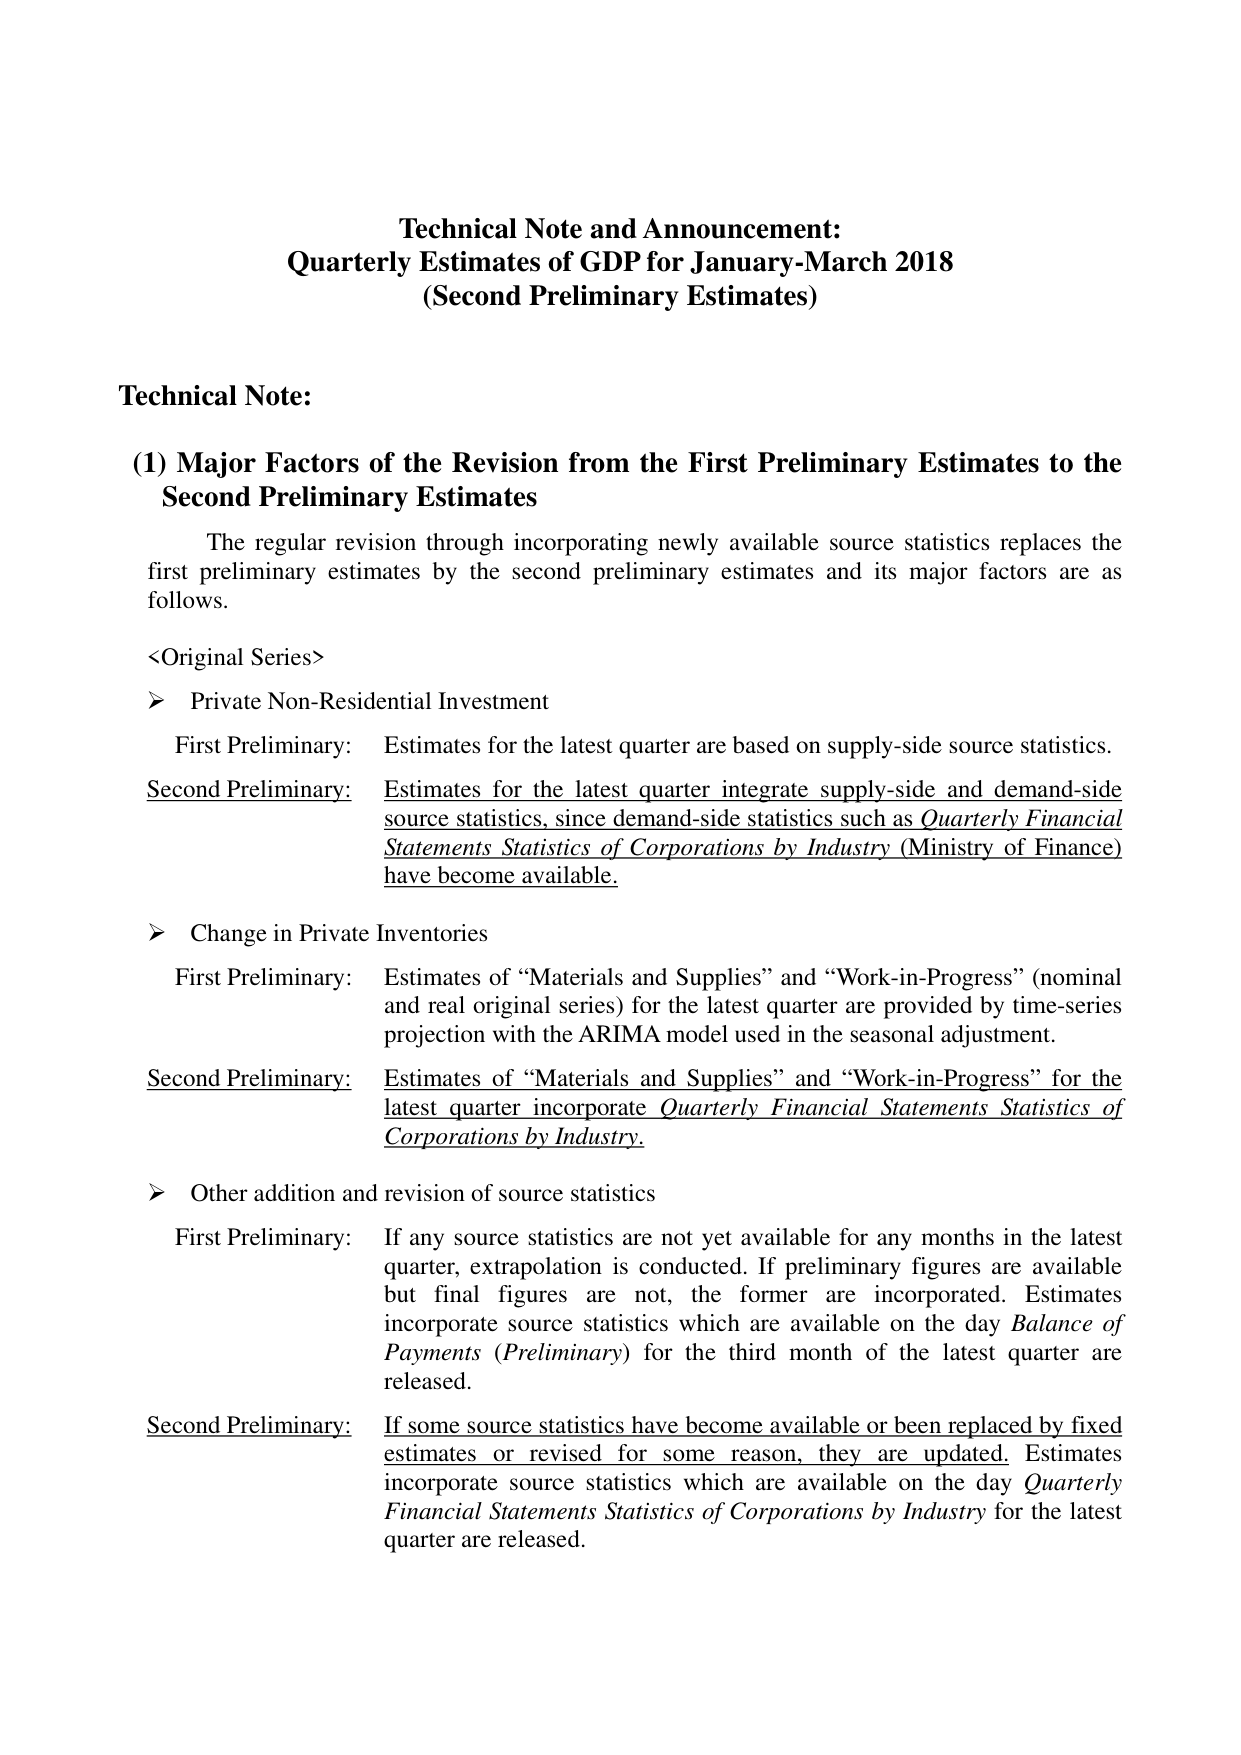
Technical Note and Announcement:
Quarterly Estimates of GDP for January-March 2018
(Second Preliminary Estimates)

Technical Note:

(1) Major Factors of the Revision from the First Preliminary Estimates to the Second Preliminary Estimates

The regular revision through incorporating newly available source statistics replaces the first preliminary estimates by the second preliminary estimates and its major factors are as follows.

<Original Series>

➤ Private Non-Residential Investment
First Preliminary: Estimates for the latest quarter are based on supply-side source statistics.
Second Preliminary: Estimates for the latest quarter integrate supply-side and demand-side source statistics, since demand-side statistics such as Quarterly Financial Statements Statistics of Corporations by Industry (Ministry of Finance) have become available.

➤ Change in Private Inventories
First Preliminary: Estimates of “Materials and Supplies” and “Work-in-Progress” (nominal and real original series) for the latest quarter are provided by time-series projection with the ARIMA model used in the seasonal adjustment.
Second Preliminary: Estimates of “Materials and Supplies” and “Work-in-Progress” for the latest quarter incorporate Quarterly Financial Statements Statistics of Corporations by Industry.

➤ Other addition and revision of source statistics
First Preliminary: If any source statistics are not yet available for any months in the latest quarter, extrapolation is conducted. If preliminary figures are available but final figures are not, the former are incorporated. Estimates incorporate source statistics which are available on the day Balance of Payments (Preliminary) for the third month of the latest quarter are released.
Second Preliminary: If some source statistics have become available or been replaced by fixed estimates or revised for some reason, they are updated. Estimates incorporate source statistics which are available on the day Quarterly Financial Statements Statistics of Corporations by Industry for the latest quarter are released.